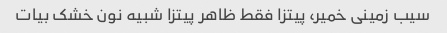
سیب زمینی خمیر، پیتزا فقط ظاهر پیتزا شبیه نون خشک بیات